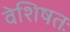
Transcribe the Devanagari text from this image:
वेशिषतः